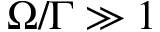
\Omega / \Gamma \gg 1